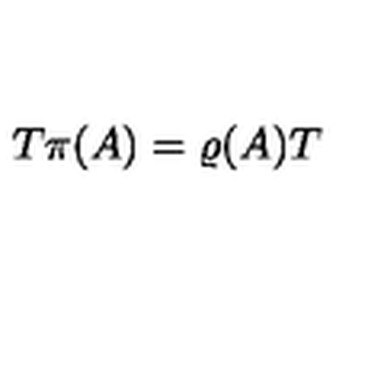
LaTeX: T \pi ( A ) = \varrho ( A ) T